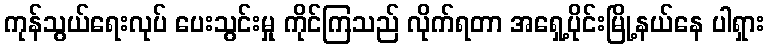
ကုန်သွယ်ရေးလုပ် ပေးသွင်းမှု ကိုင်ကြသည် လိုက်ရတာ အရှေ့ပိုင်းမြို့နယ်နေ ပါရှား